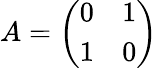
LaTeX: A={\left(\begin{array}{ll}{0}&{1}\\ {1}&{0}\end{array}\right)}